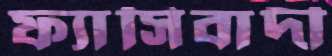
ফ্যাসিবাদী